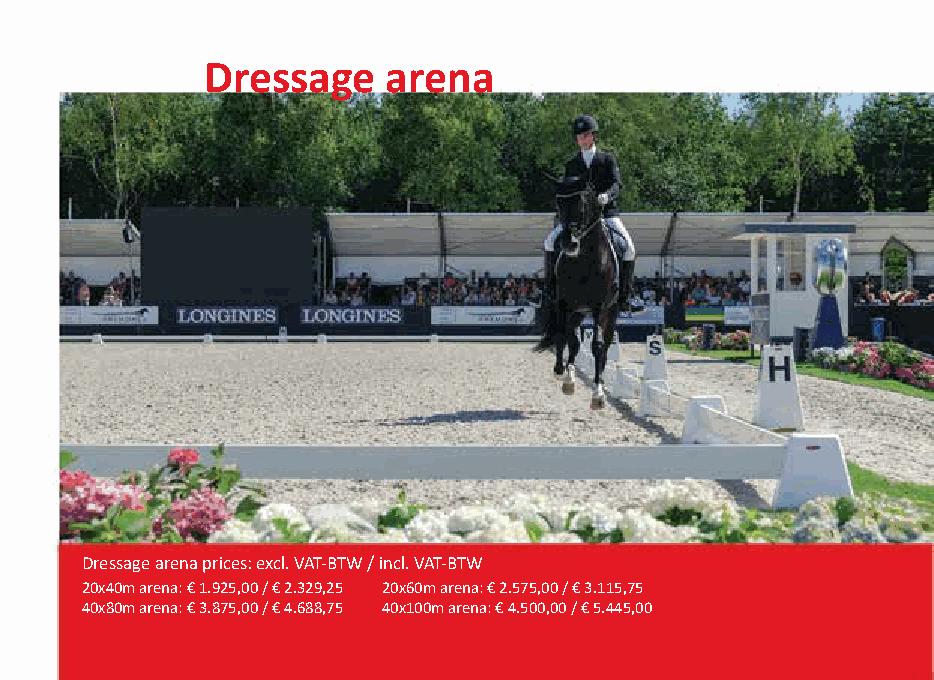
Dressage     arena
 Dressage arena prices: excl. VAT-BTW / incl. VAT-BTW
 20x40m arena: € 1.925,00 / € 2.329,25 20x60m arena: € 2.575,00 / € 3.115,75
 40x80m arena: € 3.875,00 / € 4.688,75 40x100m arena: € 4.500,00 / € 5.445,00